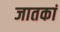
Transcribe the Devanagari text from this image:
जातकां